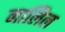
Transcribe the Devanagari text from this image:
नालिल